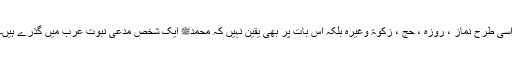
اسی طرح نماز ، روزہ ، حج ، زکوۃ وغیرہ بلکہ اس بات پر بھی یقین نہیں کہ محمدﷺ ایک شخص مدعی نبوت عرب میں گذرے ہیں۔